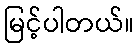
မြင့်ပါတယ်။